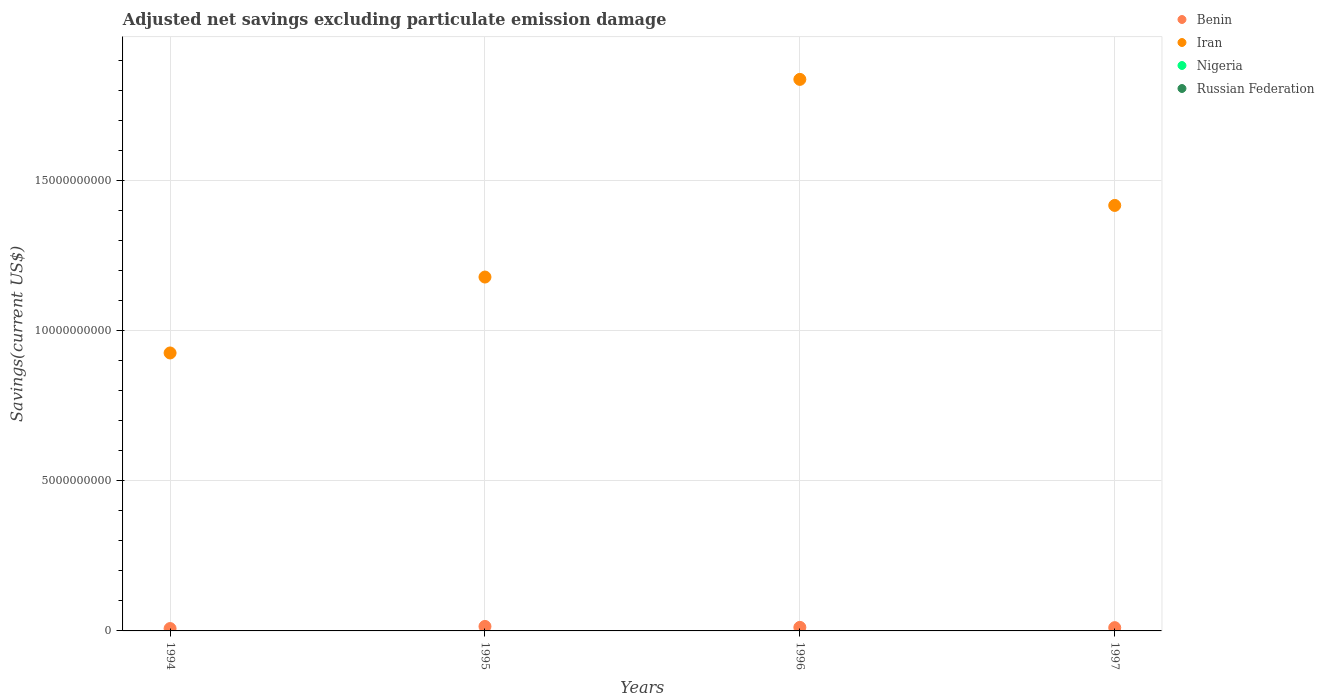
| Years | Benin | Iran | Nigeria | Russian Federation |
 | --- | --- | --- | --- | --- |
 | 1994 | 7.89e+07 | 9.26e+09 | -6.7e+09 | -1.39e+09 |
 | 1995 | 1.49e+08 | 1.18e+10 | -5.71e+09 | -1.02e+10 |
 | 1996 | 1.18e+08 | 1.84e+10 | -8.49e+09 | -1.55e+09 |
 | 1997 | 1.09e+08 | 1.42e+10 | -7.02e+09 | -7.5e+09 |